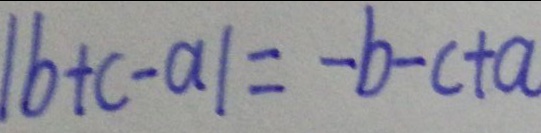
\vert b + c - a \vert = - b - c + a